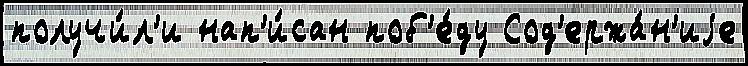
получи́л'и нап'и́сан поб'е́ду Сод'ержа́н'иjе